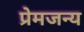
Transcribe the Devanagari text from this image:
प्रेमजन्य